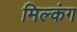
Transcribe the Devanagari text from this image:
मिल्कंग